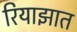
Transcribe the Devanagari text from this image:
रियाझात